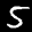
Label: 5